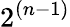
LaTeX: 2^{(n-1)}